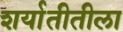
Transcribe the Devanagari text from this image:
शर्यातीतीला